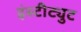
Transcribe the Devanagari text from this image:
इंस्‍टीट्युट